Report on horse surra - Volume II, Part II
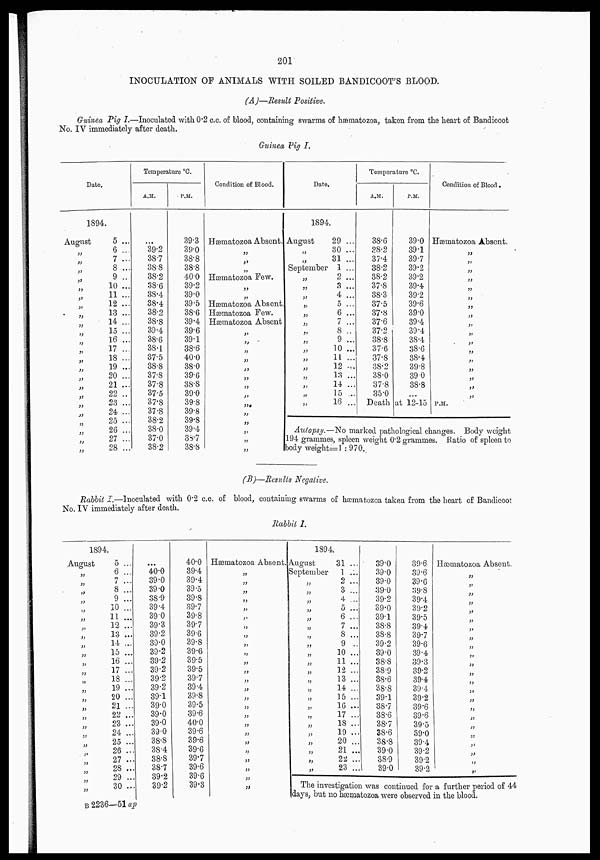
201
INOCULATION OF ANIMALS WITH SOILED BANDICOOT'S BLOOD.
(A)—Result Positive.
Guinea Pig I.—Inoculated with 0.2 c.c. of blood, containing swarms of hæmatozoa, taken from the heart of Bandicoot
No. IV immediately after death.
Guinea Pig I.
Date.
1894.
August
„
„
„
„
„
„
„
„
„
„
„
„
„
„
„
„
„
„
„
„
„
„
„
5 ...
6 ...
7 ...
8 ...
9 ...
10 ...
11 ...
12 ...
13 ...
14 ...
15 ...
16 ...
17 ...
18 ...
19 ...
20 ...
21 ...
22 ..
23 ...
24 ...
25 ...
26 ...
27 ...
28 ...
Temperature °C.
A.M.
...
39.2
38.7
38.8
38.2
38.6
38.4
38.4
38.2
38.8
39.4
38.6
38.1
37.5
38.8
37.8
37.8
37.5
37.8
37.8
38.2
38.0
37.0
38.2
P.M.
39.3
39.0
38.8
38.8
40.0
39.2
39.0
39.5
38.6
39.4
39.6
39.1
38.6
40.0
38.0
39.6
38.8
39.0
39.8
39.8
39.8
39.4
38.7
38.8
Condition of Blood.
Hæmatozoa Absent.
„
„
„
Hæmatozoa Few
„
„
Hæmatozoa Absent.
Hæmatozoa Few.
Hæmatozoa Absent
„
„
„
„
„
„
„
„
„
„
„
„
„
Date.
1894.
August
„
„
September
„
„
„
„
„
„
„
„
„
„
„
„
„
„
„
29 ...
30 ...
31 ...
1 ...
2 ...
3 ...
4 ...
5 ...
6 ...
7 ...
8 ..
9 ...
10 ...
11 ...
12 .. .
13 ...
14 ...
15 ...
16 ...
Temperature °C.
A.M.
38.6
38.2
37.4
38.2
38.2
37.8
38.3
37.5
37.8
37.6
37.2
38.8
37.6
37.8
38.2
38.0
37.8
35.0
Death
P.M.
39.0
39.1
39.7
39.2
39.2
39.4
39.2
39.6
39.0
39.4
39.4
38.4
38.6
38.4
39.8
39.0
38.8
...
at 12-15
Condition of Blood.
Hæmatozoa Absent.
„
„
„
„
„
„
„
„
„
„
„
„
„
„
„
„
„
P.M.
Autopsy.—No marked pathological changes. Body weight
194 grammes, spleen weight 0.2 grammes. Ratio of spleen to
body weight=1 : 970.
(B)—Results Negative.
Rabbit I.—Inoculated with 0.2 c.c. of blood, containing swarms of hæmatozoa taken from the heart of Bandicoot.
No. IV immediately after death.
Rabbit I.
1894.
August
„
„
„
„
„
„
„
„
„
„
„
„
„
„
„
„
„
„
„
„
„
„
„
„
„
5 ...
6 ...
7 ...
8 ...
9 ...
10 ...
11 ...
12 ...
13 ...
14 ...
15 ...
16 ...
17 ...
18 ...
19 ...
20 ...
21 ...
22 ...
23 ...
24 ...
25 ...
26 ...
27 ...
28 ...
29 ...
30 ...
...
40.0
39.0
39.0
38.9
39.4
39.0
39.3
39.2
39.0
39.2
39.2
39.2
39.2
39.2
39.1
39.0
39.0
39.0
39.0
38.8
38.4
38.8
38.7
39.2
39.2
40.0
39.4
39.4
39.5
39.8
39.7
39.8
39.7
39.6
39.8
39.6
39.5
39.5
39.7
39.4
39.8
39.5
39.6
40.0
39.6
39.6
39.6
39.7
39.6
39.6
39.3
Hæmatozoa Absent.
„
„
„
„
„
„
„
„
„
„
„
„
„
„
„
„
„
„
„
„
„
„
„
„
„
1894.
August
September
„
„
„
„
„
„
„
„
„
„
„
„
„
„
„
„
„
„
„
„
„
„
31 ...
1 ...
2 ...
3 ...
4 ...
5 ...
6 ...
7 ...
8 ...
9 ..
10 ...
11 ...
12 ...
13 ...
14 ...
15 ...
16 ...
17 ...
18 ...
19 ...
20 ...
21 ...
22 ..
23 ..
39.0
39.0
39.0
39.0
39.2
39.0
39.1
38.8
38.8
39.2
39.0
38.8
38.9
38.6
38.8
39.1
38.7
38.6
38.7
38.6
38.8
39.0
38.9
39.0
39.6
39.6
39.6
39.8
39.4
39.2
39.5
39.4
39.7
39.6
39.4
39.3
39.2
39.4
39.4
39.2
39.6
39.6
39.5
39.0
39.4
39.2
39.2
39.2
Hæmatozoa Absent.
„
„
„
„
„
„
„
„
„
„
„
„
„
„
„
„
„
„
„
„
„
„
The investigation was continued for a further period of 44
days, but no hæmatozoa were observed in the blood.
B 2236—51 ap